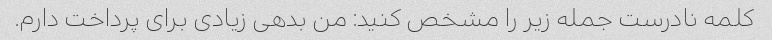
کلمه نادرست جمله زیر را مشخص کنید: من بدهی زیادی برای پرداخت دارم.